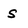
Character: s